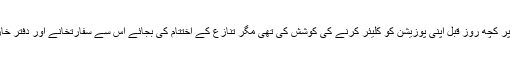
سعودی سفارتخانے نے غیرمتوقع اقدام کے طور پر کچھ روز قبل اپنی پوزیشن کو کلیئر کرنے کی کوشش کی تھی مگر تنازع کے اختتام کی بجائے اس سے سفارتخانے اور دفتر خارجہ کے درمیان نچلی سطح کا تنازع کھڑا ہوگیا۔